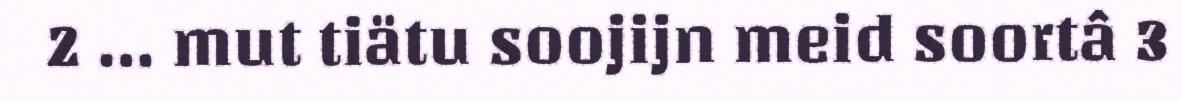
2 … mut tiätu soojijn meid soortâ 3